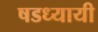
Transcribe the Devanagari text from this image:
षडध्यायी